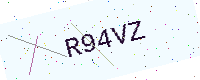
Text: R94VZ